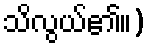
သိလွယ်၏။)